Report of the Lahore Medical School Hospital
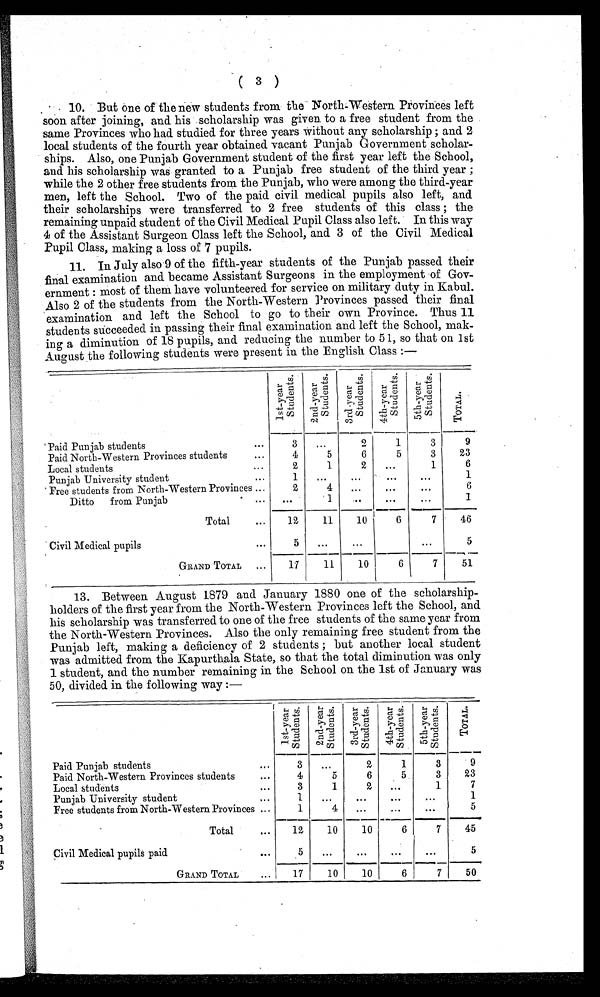
( 3 )
10. But one of the new students from the North–Western. Provinces left
soon after joining, and his scholarship was given to a free student from the
same Provinces who had studied for three years without any scholarship ; and 2
local students of the fourth year obtained vacant Punjab Government scholar
– s h i p s . A l s o , o n e P u n j a b G o v e r n m e n t s t u d e n t o f t h e f i r s t y e a r l e f t t h e S c h o o l ,
and his scholarship was granted to a Punjab free student of the third year ;
while the 2 other free students from the Punjab, who were among the third-year
men, left the School. Two of the paid civil medical pupils also left, and
their scholarships were transferred to 2 free students of this class ; the
remaining unpaid student of the Civil Medical Pupil Class also left. In this way
4 of the Assistant Surgeon Class left the School, and 3 of the Civil Medical
Pupil Class, making a loss of 7 pupils.
11. In July also 9 of the fifth–year students of the Punjab passed their
final examination and became Assistant Surgeons in the employment of Gov
– e r n m e n t : m o s t o f t h e m h a v e v o l u n t e e r e d f o r s e r v i c e o n m i l i t a r y d u t y i n K a b u l .
Also 2 of the students from the North–Western Provinces passed their final
examination and left the School to go to their own Province. Thus 11
students succeeded in passing their final examination and left the School, mak
– i n g a d i m i n u t i o n o f 1 8 p u p i l s , a n d r e d u c i n g t h e n u m b e r t o 5 1 , s o t h a t o n 1 s t
August the following students were present in the English Class :—
1 s t - y e a r
S t u d e n t s .
2 n d - y e a r
S t u d e n t s
3 r d - y e a r
S t u d e n t s .
4 t h - y e a r
S t u d e n t s .
5 t h - y e a r
S t u d e n t s .
T O T A L .
Paid Punjab students
...
3
...
2
1
3
9
Paid North–Western Provinces students
...
4
5
6
5
3
23
L o c a l s t u d e n t s . . .
2
1
2
. . .
1
6
Punjab University student
...
1
. . .
. . .
•••
•••
1
Free students from North–Western Provinces ...
2
4
...
...
. . .
6
Ditto
from Punjab
...
. . .
1
. . .
. . .
. . .
1
Total
. . .
12
11
10
6
7
46
Civil Medical pupils
...
5
. . .
...
...
5
GRAND TOTAL
...
17
11
10
6
7
51
13. Between August 1879 and January 1880 one of the scholarship
– h o l d e r s o f t h e f i r s t y e a r f r o m t h e N o r t h – W e s t e r n P r o v i n c e s l e f t t h e S c h o o l , a n d
his scholarship was transferred to one of the free students of the same year from
the North-Western Provinces. Also the only remaining free student from the
Punjab left, making a deficiency of 2 students ; but another local student
was admitted from the Kapurthala State, so that the total diminution was only
1 student, and the number remaining in the School on the 1st of January was
50, divided in the following way :—
1s t - ye a r
St u d e n t s .
2nd- ye a r
St ude nt s .
3rd-year Students. 4th-year
Students.
5 t h - y e a r
S t u d e n t s .
T O T A L .
Paid Punjab students
...
3
...
2
1
3
9
Paid North–Western Provinces students
...
4
5
6
5
3
23
Local students
. . .
3
1
2
...
1
7
Punjab University student
. . .
1
. . .
...
. . .
1
Free students from North–Western Provinces ...
1
4
...
. . .
...
5
Total
...
12
10
10
6
7
45
Civil Medical pupils paid
...
5
. . .
...
. . .
. . .
5
GRAND TOTAL ...
17
10
10
6
7
50